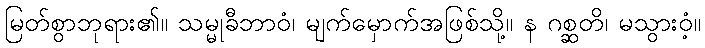
မြတ်စွာဘုရား၏။ သမ္မုခီဘာဝံ၊ မျက်မှောက်အဖြစ်သို့။ န ဂစ္ဆတိ၊ မသွားဝံ့။